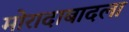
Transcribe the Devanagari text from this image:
मोरादाबादला